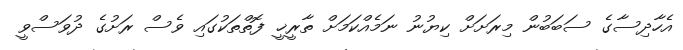
އެހާދިސާގެ ސަބަބުން މިރަށަށް ކިޔުނު ނަމެއްކަމަށް ތާރީޚީ ފޮތްތަކުގައި ވެސް ރަށުގެ ދުވަސްވީ